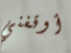
أوقفني